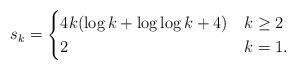
LaTeX: \begin{align*}s_k=\begin{cases}4k(\log k + \log \log k +4) & k\geq 2\\2 & k=1.\end{cases}\end{align*}